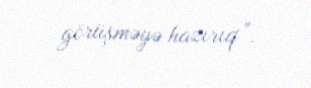
görüşməyə hazırıq”.